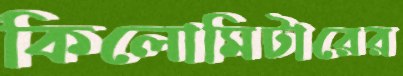
কিলোমিটারের